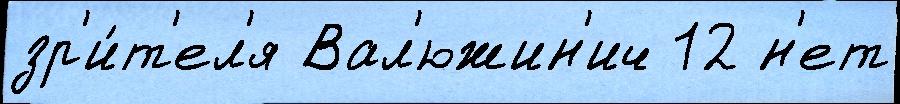
зр'и́т'ел'я Вал'южин'ич 12 н'ет